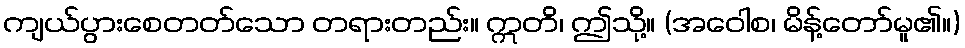
ကျယ်ပွားစေတတ်သော တရားတည်း။ ဣတိ၊ ဤသို့။ (အဝေါစ၊ မိန့်တော်မူ၏။)